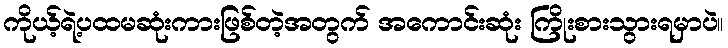
ကိုယ့်ရဲ့ပထမဆုံးကားဖြစ်တဲ့အတွက် အကောင်းဆုံး ကြိုးစားသွားရမှာပဲ။